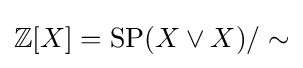
\mathbb {Z} [X]=\operatorname {SP} (X\vee X)/\sim